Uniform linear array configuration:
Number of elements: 16
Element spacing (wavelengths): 0.5
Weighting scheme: kaiser
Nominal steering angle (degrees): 30
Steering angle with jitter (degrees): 30.532
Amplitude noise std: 0.05
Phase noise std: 0.05

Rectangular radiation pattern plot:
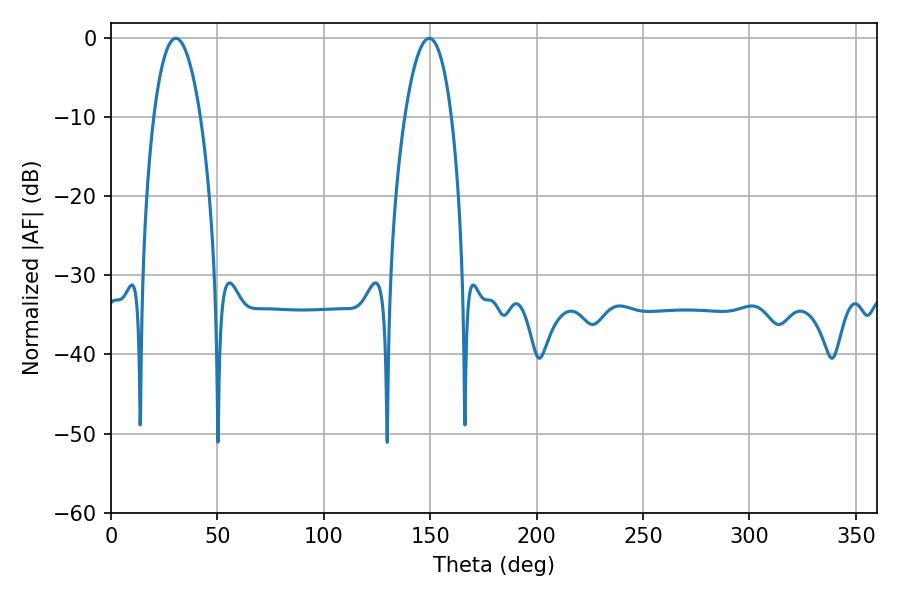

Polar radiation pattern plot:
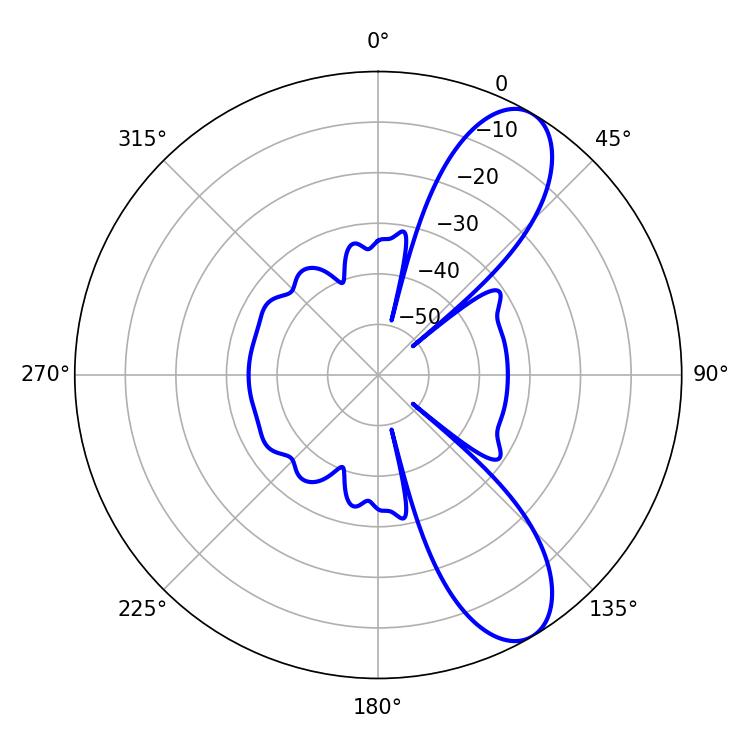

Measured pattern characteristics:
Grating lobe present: FALSE
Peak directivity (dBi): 9.37
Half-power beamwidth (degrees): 12.24
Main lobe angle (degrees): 30.42